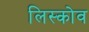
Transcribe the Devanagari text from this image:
लिस्कोव